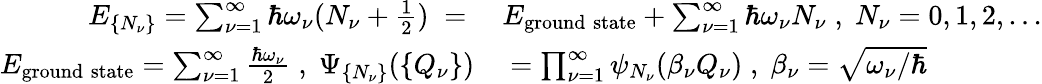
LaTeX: \begin{array}{rl}{E_{\{ N_{\nu}\} }=\sum_{\nu=1}^{\infty}\hbar\omega_{\nu}(N_{\nu}+\frac{1}{2})\; =\; }&{{}E_{\mathrm{ground\; state}}+\sum_{\nu=1}^{\infty}\hbar\omega_{\nu}N_{\nu}\; ,\; N_{\nu}=0,1,2,...}\\ {E_{\mathrm{ground\; state}}=\sum_{\nu=1}^{\infty}\frac{\hbar\omega_{\nu}}{2}\; ,\; \Psi_{\{ N_{\nu}\} }(\{ Q_{\nu}\} )}&{{}=\prod_{\nu=1}^{\infty}\psi_{N_{\nu}}(\beta_{\nu}Q_{\nu})\; ,\; \beta_{\nu}=\sqrt{\omega_{\nu}/\hbar}}\end{array}